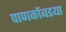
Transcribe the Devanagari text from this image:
पाणकोंबडया